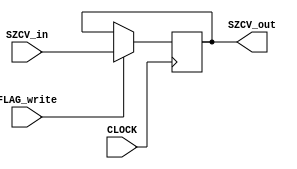
module SZCVRegister(
   input [3:0] 	SZCV_in,
   input 	FLAG_write, CLOCK,
   output [3:0] SZCV_out);

   reg [3:0] 	SZCV;
   
   
   always @ (posedge CLOCK) begin
      if (FLAG_write == 1'b1)
	SZCV <= SZCV_in;
   end
   
   assign SZCV_out = SZCV;
   
endmodule // SZCVRegister